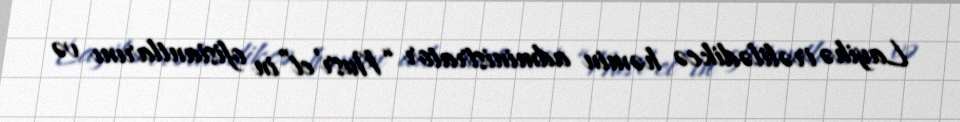
Layihə irəlilədikcə həmin administrator “Nusr’et”in ofisiantlarını və